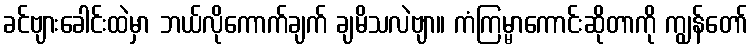
ခင်ဗျားခေါင်းထဲမှာ ဘယ်လိုကောက်ချက် ချမိသလဲဗျာ။ ကံကြမ္မာကောင်းဆိုတာကို ကျွန်တော်